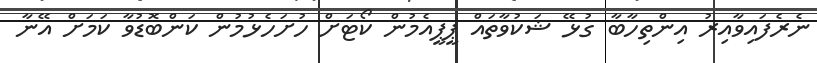
ނެރެފައިވާއިރު އިންތިހާބާ ގުޅޭ ޝަކުވާތައް ޕީޕީއެމުން ކޯޓަށް ހުށަހެޅުމުން ކަންބޮޑުވާ ކަމަށް އޭނާ